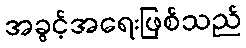
အခွင့်အရေးဖြစ်သည်